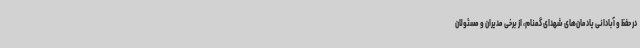
در حفظ و آبادانی یادمان‌های شهدای گمنام، از برخی مدیران و مسئولان